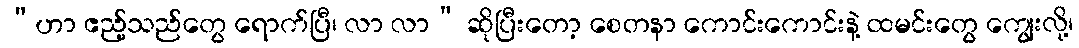
“ဟာ ဧည့်သည်တွေ ရောက်ပြီ၊ လာ လာ” ဆိုပြီးတော့ စေတနာ ကောင်းကောင်းနဲ့ ထမင်းတွေ ကျွေးလို့၊